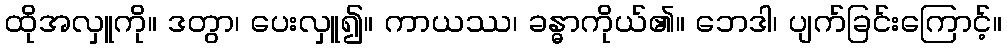
ထိုအလှူကို။ ဒတွာ၊ ပေးလှူ၍။ ကာယဿ၊ ခန္ဓာကိုယ်၏။ ဘေဒါ၊ ပျက်ခြင်းကြောင့်။